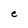
Character: e